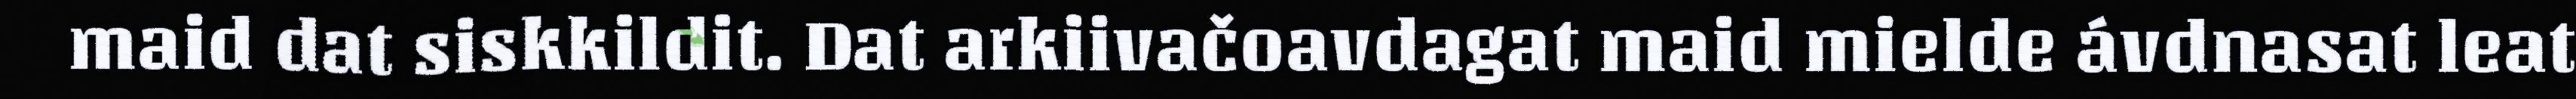
maid dat siskkildit. Dat arkiivačoavdagat maid mielde ávdnasat leat